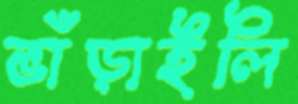
ভাঁড়াইলি